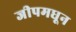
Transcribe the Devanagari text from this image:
जीपमधून